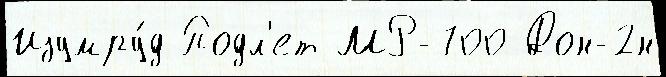
Изумру́д Подл'ет МР-700 Дон-2н